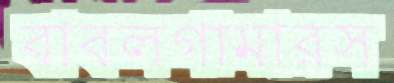
বাবলগামারস